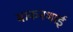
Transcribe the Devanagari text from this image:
माकनभाई